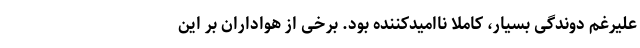
علیرغم دوندگی بسیار، کاملاً ناامیدکننده بود. برخی از هواداران بر این